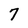
Character: 7